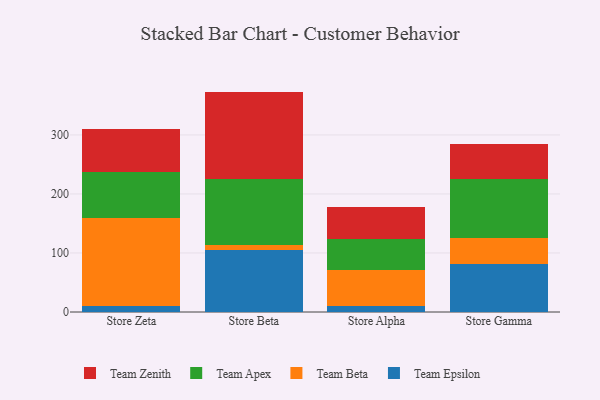
{"axis": {"x": "Store", "y": "Inventory Turnover"}, "legend": ["Team Apex", "Team Beta", "Team Epsilon", "Team Zenith"], "data": [{"x": "Store Zeta", "y": 10.4, "type": "Team Epsilon"}, {"x": "Store Zeta", "y": 149.6, "type": "Team Beta"}, {"x": "Store Zeta", "y": 76.7, "type": "Team Apex"}, {"x": "Store Zeta", "y": 73.0, "type": "Team Zenith"}, {"x": "Store Beta", "y": 105.7, "type": "Team Epsilon"}, {"x": "Store Beta", "y": 7.3, "type": "Team Beta"}, {"x": "Store Beta", "y": 112.7, "type": "Team Apex"}, {"x": "Store Beta", "y": 147.7, "type": "Team Zenith"}, {"x": "Store Alpha", "y": 9.7, "type": "Team Epsilon"}, {"x": "Store Alpha", "y": 62.1, "type": "Team Beta"}, {"x": "Store Alpha", "y": 52.3, "type": "Team Apex"}, {"x": "Store Alpha", "y": 54.0, "type": "Team Zenith"}, {"x": "Store Gamma", "y": 80.8, "type": "Team Epsilon"}, {"x": "Store Gamma", "y": 44.4, "type": "Team Beta"}, {"x": "Store Gamma", "y": 100.5, "type": "Team Apex"}, {"x": "Store Gamma", "y": 58.5, "type": "Team Zenith"}]}